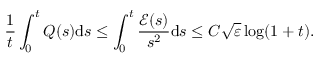
\frac { 1 } { t } \int _ { 0 } ^ { t } Q ( s ) \mathrm { d } s \leq \int _ { 0 } ^ { t } \frac { \mathcal { E } ( s ) } { s ^ { 2 } } \mathrm { d } s \leq C \sqrt { \varepsilon } \log ( 1 + t ) .